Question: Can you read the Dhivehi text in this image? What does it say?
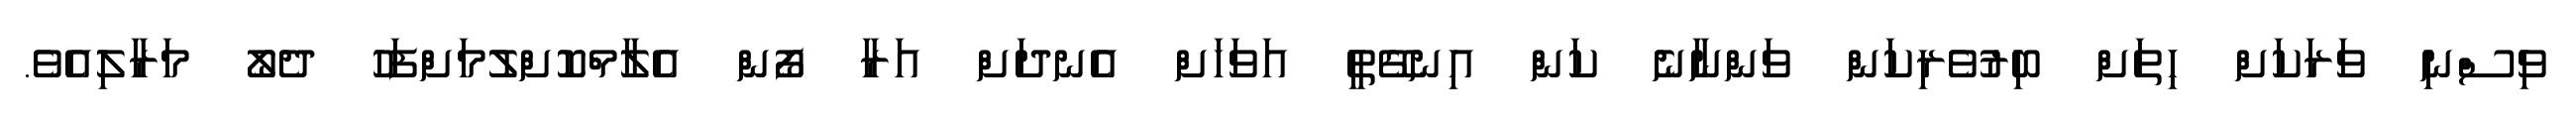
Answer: ވިސްނި ވަރަކަށް ހިތަށް ބިރުވެރިކަން ވަންނާނެ ކަން އިނގޭތީ އަވަހަށް އެނދަށް އަރާ ފޯން އެލާމްކޮށްލުމަށްފަހު ދެލޯ މަރާލިއެވެ.